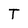
Character: T